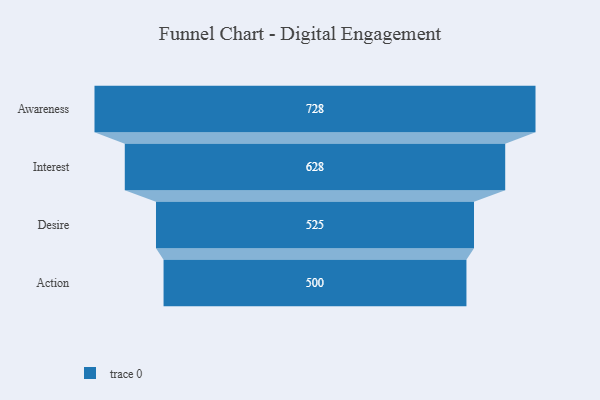
{"axis": {"x": "Stage", "y": "Value"}, "legend": [""], "data": [{"x": "Awareness", "y": 728.0, "type": ""}, {"x": "Interest", "y": 628.0, "type": ""}, {"x": "Desire", "y": 525.0, "type": ""}, {"x": "Action", "y": 500, "type": ""}]}